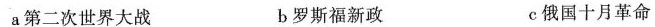
a第二次世界大战 b罗斯福新政 c俄国十月革命